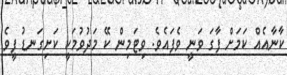
ކާނާއެއް ކަމަށް ފާގަ ވަނީ ވެފައެވެ. ވިޓަމިން ކޭ މަދުވުމަކީ ކަށިގަނޑު ފީވެ